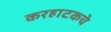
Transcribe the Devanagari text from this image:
करहाटकचे